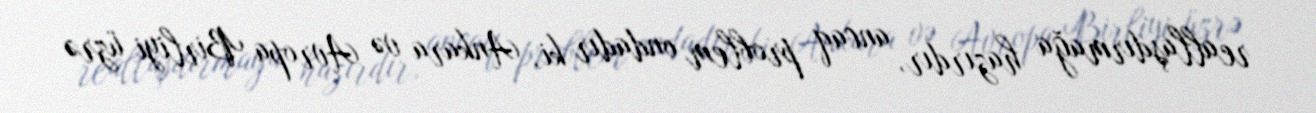
reallaşdırmağa hazırdır, ancaq problem ondadır ki, Ankara və Avropa Birliyi üzrə